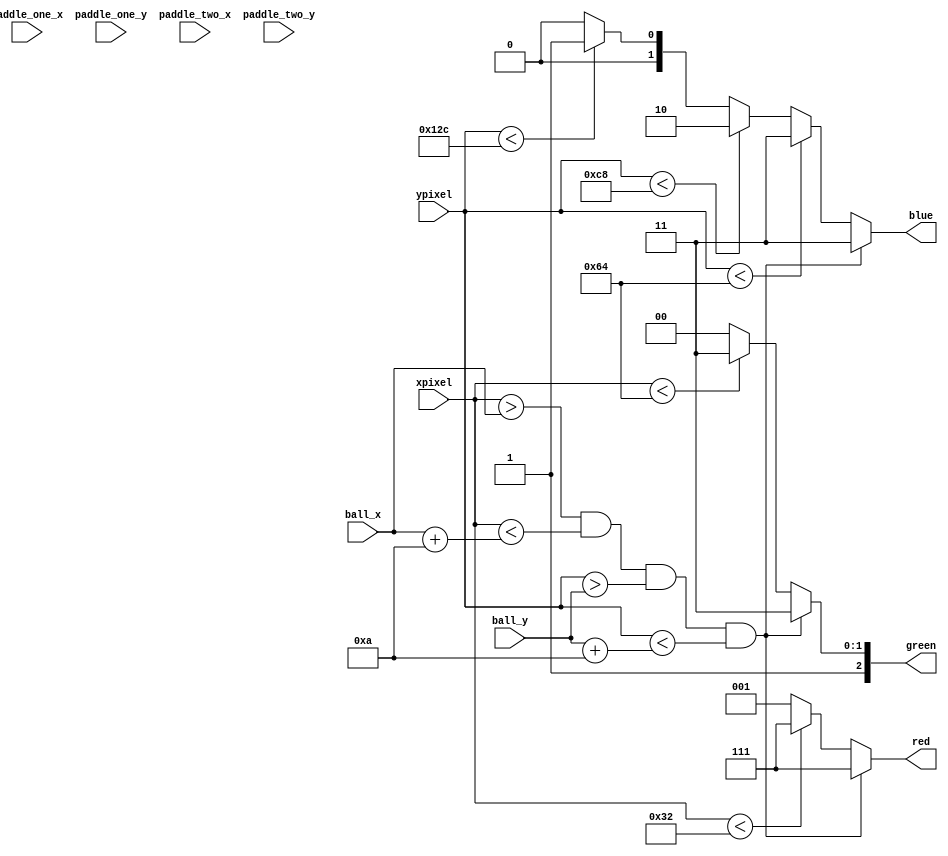
`timescale 1ns / 1ps
//////////////////////////////////////////////////////////////////////////////////
// Company: 
// Engineer: 
// 
// Design Name: 
// Module Name:    drawboard 
// Project Name: 
// Target Devices: 
// Tool versions: 
// Description: 
//
// Dependencies: 
//
// Revision: 
// Revision 0.01 - File Created
// Additional Comments: 
//
//////////////////////////////////////////////////////////////////////////////////
module drawboard(
    input [9:0] xpixel,
    input [9:0] ypixel,
	input [9:0] ball_x,
    input [9:0] ball_y,
    input [9:0] paddle_one_x,
    input [9:0] paddle_one_y,
    input [9:0] paddle_two_x,
    input [9:0] paddle_two_y,
    output [2:0] red,
    output [2:0] green,
    output [1:0] blue
    );
	 
	 assign red = (xpixel > ball_x && xpixel < (ball_x + 10) && 
						ypixel > ball_y && ypixel < (ball_y + 10)) ? 3'b111 :
						xpixel < 50 ? 3'b111 : 3'b001;
	 assign green = (xpixel > ball_x && xpixel < (ball_x + 10) && 
						ypixel > ball_y && ypixel < (ball_y + 10)) ? 3'b111 : 
						xpixel < 100 ? 3'b111 : 3'b100;
	 assign blue = (xpixel > ball_x && xpixel < (ball_x + 10) && 
						ypixel > ball_y && ypixel < (ball_y + 10)) ? 2'b11 : 
						ypixel < 100 ? 2'b11 :
						ypixel < 200 ? 2'b10 :
						ypixel < 300 ? 2'b01 :
						2'b00;

endmodule